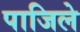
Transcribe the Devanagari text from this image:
पाजिले